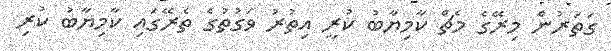
ގަތަރުން މިރޭގެ މެޗް ކާމިޔާބު ކުރީ އިތުރު ވަގުތުގެ ތެރޭގައި ކާމިޔާބު ކުރި